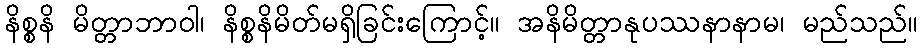
နိစ္စနိ မိတ္တာဘာဝါ၊ နိစ္စနိမိတ်မရှိခြင်းကြောင့်။ အနိမိတ္တာနုပဿနာနာမ၊ မည်သည်။